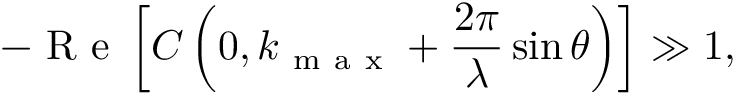
- \textrm { R e } \left[ C \left( 0 , k _ { \mathrm { ~ m ~ a ~ x ~ } } + \frac { 2 \pi } { \lambda } \sin \theta \right) \right] \gg 1 ,